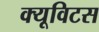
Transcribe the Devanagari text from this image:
क्यूविटस